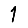
Digit: 1